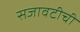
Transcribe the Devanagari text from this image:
सजावटीची